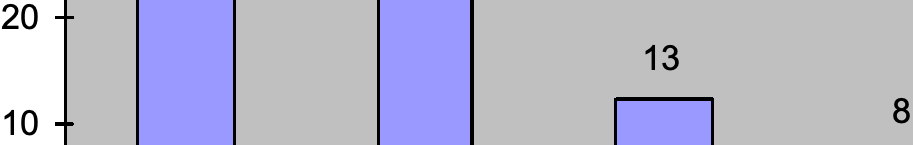
20 13 10                           8